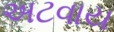
અટવાય